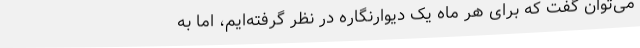
می‌توان گفت که برای هر ماه یک دیوارنگاره در نظر گرفته‌ایم، اما به